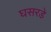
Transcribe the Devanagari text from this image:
घसरडे